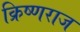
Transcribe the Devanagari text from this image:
क्रिष्णराज